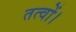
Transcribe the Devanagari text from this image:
तत्वों।